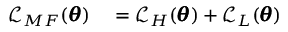
\begin{array} { r l } { \mathcal { L } _ { M F } ( \pmb { \theta } ) } & { { } = \mathcal { L } _ { H } ( \pmb { \theta } ) + \mathcal { L } _ { L } ( \pmb { \theta } ) } \end{array}